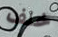
خلف